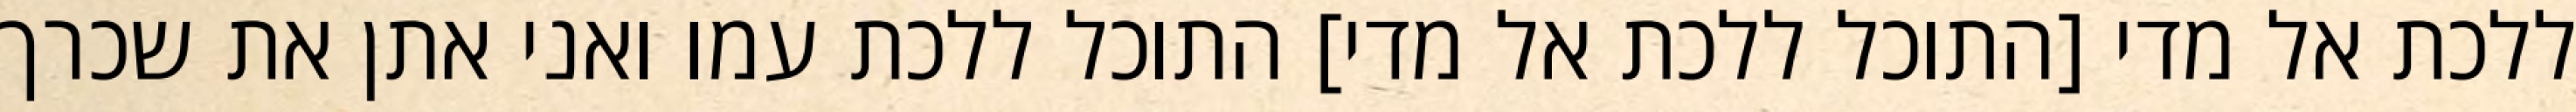
ללכת אל מדי [התוכל ללכת אל מדי] התוכל ללכת עמו ואני אתן את שכרך